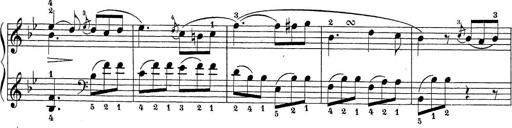
Title: Sonatina Album
Composer: Louis KÃ¶hler